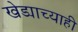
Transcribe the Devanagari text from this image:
खेड्याच्याही